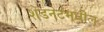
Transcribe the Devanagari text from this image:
शेडनेटमधील